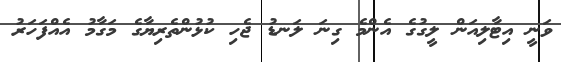
ވަނީ އިޓާލިއަން ލީގުގެ އެންމެ ގިނަ ލަނޑު ޖެހި ކުޅުންތެރިޔާގެ މަގާމު އެއްފަހަރު